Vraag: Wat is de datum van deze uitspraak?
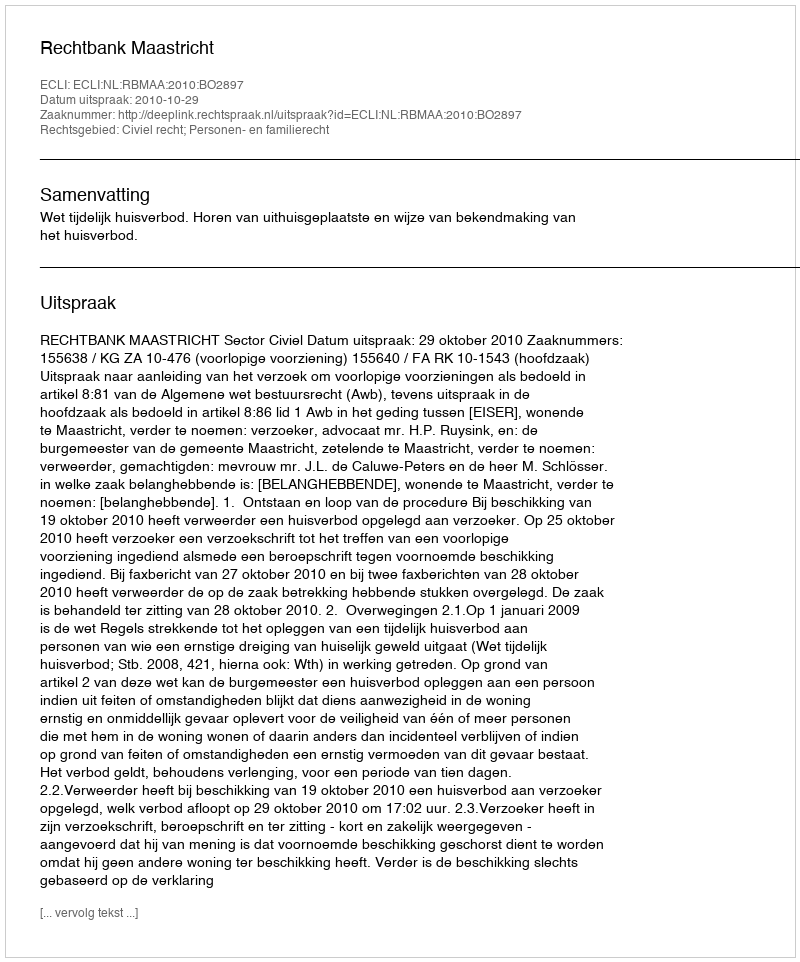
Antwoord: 2010-10-29